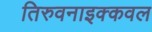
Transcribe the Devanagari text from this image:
तिरुवनाइक्कवल